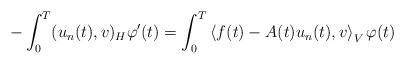
LaTeX: \begin{align*} -\int_0^T (u_n(t),v)_H \varphi'(t) = \int_0^T \left\langle f(t)-A(t)u_n(t),v \right\rangle_V \varphi(t) \end{align*}